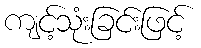
ကျင့်သုံးခြင်းဖြင့်